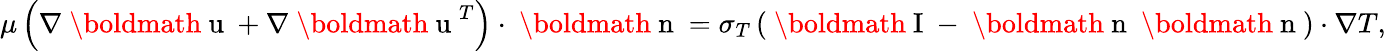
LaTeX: \mu\left(\nabla\mathrm{~\boldmath~u~}+\nabla\mathrm{~\boldmath~u~}^{T}\right)\cdot\mathrm{~\boldmath~n~}=\sigma_{T}\left(\mathrm{~\boldmath~I~}-\mathrm{~\boldmath~n~}\mathrm{~\boldmath~n~}\right)\cdot\nabla T,